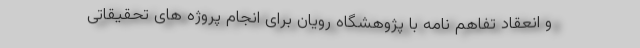
و انعقاد تفاهم نامه با پژوهشگاه رویان برای انجام پروژه های تحقیقاتی